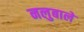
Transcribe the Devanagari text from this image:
नलुबाले